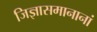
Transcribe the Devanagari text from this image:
जिज्ञासमानानां